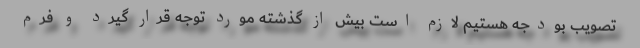
تصویب بودجه هستیم لازم است بیش از گذشته مورد توجه قرار گیرد و فرم